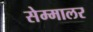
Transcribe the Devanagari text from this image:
सेम्मालर